Annual administration report of the Civil Veterinary Department of India - 1896-1897
Year: 1896
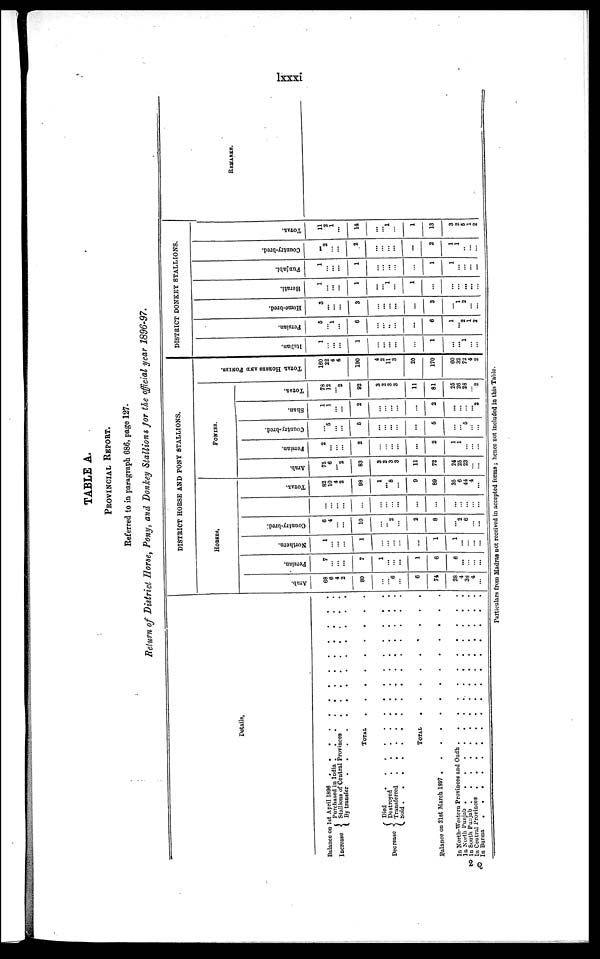
lxx
TABLE A.
PROVINCIAL
REPORT.
Referred to in paragraph 686, page 127.
Return of District Horse, Pony, and Donkey Stallions for the official year 1896-97.
Details,
Balance on 1st April 1896 . . . . . . . . . . . . .
Increase
Purchased in India
.
.
.
.
.
.
.
.
.
.
.
.
Stallions of Central Provinces
.
.
.
.
.
.
.
.
.
By transfer . . . . . . . . . . . . .
TOTAL . . . . . . . . .
Died . . . . . . . . . . . . . .
Destroyed
.
.
.
.
.
.
.
.
.
.
.
.
.
Decrease Transferred . . . . . . . . .
Sold
.
.
.
.
.
.
.
.
.
.
.
.
.
.
.
TOTAL . . . . . . . . .
Balance on 31st March 1897 . . . . . . . . . . . . .
In North-Western Provinces and Oudh . . . . . . . . . . .
In North Punjab . . . . . . . . . . . . . . .
In South Punjab . . . . . . . . . . . . . . .
In Ceutral Provinces
.
.
.
.
.
.
.
.
.
.
.
.
.
.
In Burma . . . . . . . . . . . . . . . .
DISTRICT HORSE AND PONY STALLIONS.
HORSES.
Arab.
68
6
4
2
80
...
...
6
...
6
74
28
4
38
4
...
Persian.
7
...
...
...
7
1
...
... ...
1
6
6
...
...
...
...
Northern.
1
... ...
...
1
...
...
... ...
...
1
1
...
...
...
...
Country-bred.
6
4
...
...
10
...
... 2
...
2
8
...
2
6
...
...
...
...
...
...
...
...
...
... ...
...
...
...
...
...
...
...
TOTAL.
82
10
4
2
98
1
... 8
...
9
89
35
6
44
4
...
PONIES.
Arab.
75
6
... 2
83
3
2
3
3
11
72
24
25
23
...
...
Persian.
2
...
...
...
2
...
...
... ...
...
2
1
1
...
...
...
Country-bred.
...
5
...
...
5
...
...
... ...
...
5
...
... 5
...
...
Shan.
1
1
...
...
2
...
...
... ...
...
2
...
...
...
... 2
TOTAL.
78
12
... 2
92
3
2
3
3
11
81
25
26
28
... 2
TOTAL HORSES AND PONIES.
160
22
4
4
190
4
2
11
3
20
170
60
32
72
4
2
DISTRICT DONKEY STALLIONS
Italian.
1
...
...
...
1
...
...
... ...
...
1
...
... 1
...
...
Persian.
5
...
1
...
6
...
...
...
...
...
6
1
... 2
1
2
Home-bred.
3
...
...
...
3
...
...
... ...
...
3
...
1
2
...
...
Herati.
1
... ...
...
1
...
...
1
...
1
...
...
...
...
...
...
Punjabi.
1
...
...
...
1
...
...
... ...
...
1
1
...
...
...
...
Country-bred.
...
2
...
...
2
...
...
... ...
...
2
1
1
...
...
...
TOTAL.
11
2
1
...
14
...
...
1
...
1
13
3
2
5
1
2
REMARKS.
Particulars from Madras not received in accepted forms; hence not included in this Table.
2 Q